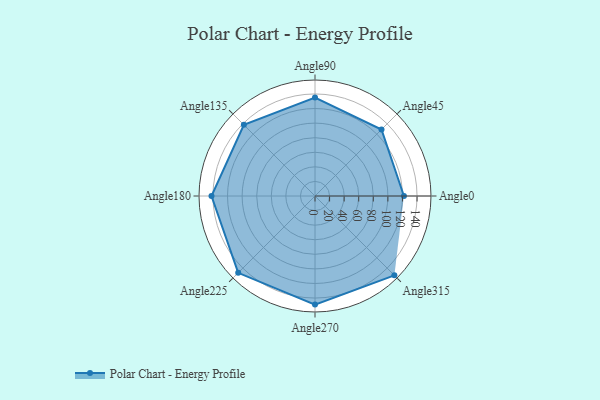
{"axis": {"x": "Angle", "y": "Radius"}, "legend": [""], "data": [{"x": "Angle0", "y": 122.0, "type": ""}, {"x": "Angle45", "y": 129.0, "type": ""}, {"x": "Angle90", "y": 135.0, "type": ""}, {"x": "Angle135", "y": 138.0, "type": ""}, {"x": "Angle180", "y": 142.0, "type": ""}, {"x": "Angle225", "y": 149.0, "type": ""}, {"x": "Angle270", "y": 149.0, "type": ""}, {"x": "Angle315", "y": 154.0, "type": ""}]}